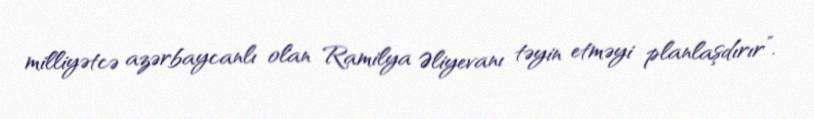
milliyətcə azərbaycanlı olan Ramilya Əliyevanı təyin etməyi planlaşdırır”.